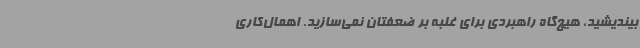
بیندیشید، هیچ‌گاه راهبردی برای غلبه بر ضعفتان نمی‌سازید. اهمال‌کاری